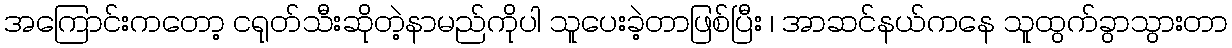
အကြောင်းကတော့ ငရုတ်သီးဆိုတဲ့နာမည်ကိုပါ သူပေးခဲ့တာဖြစ်ပြီး ၊ အာဆင်နယ်ကနေ သူထွက်ခွာသွားတာ